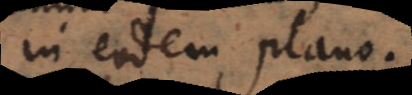
n eodem plano.